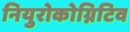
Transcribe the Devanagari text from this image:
नियुरोकोग्निटिव